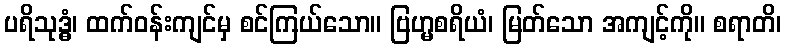
ပရိသုဒ္ဓံ၊ ထက်ဝန်းကျင်မှ စင်ကြယ်သော။ ဗြဟ္မစရိယံ၊ မြတ်သော အကျင့်ကို။ စရာတိ၊